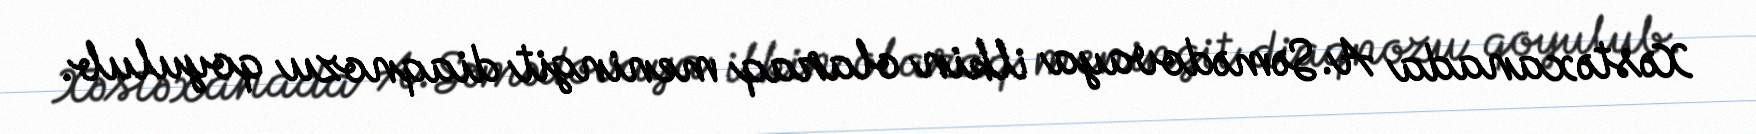
Xəstəxanada A.Səmədovaya ilkin olaraq meningit diaqnozu qoyulub.